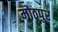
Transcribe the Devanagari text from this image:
मोठपुर